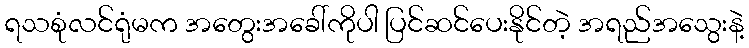
ရသစုံလင်ရုံမက အတွေးအခေါ်ကိုပါ ပြင်ဆင်ပေးနိုင်တဲ့ အရည်အသွေးနဲ့